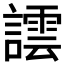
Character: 𧬞